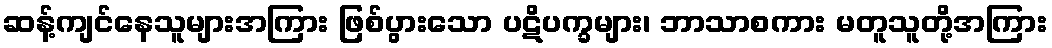
ဆန့်ကျင်နေသူများအကြား ဖြစ်ပွားသော ပဋိပက္ခများ၊ ဘာသာစကား မတူသူတို့အကြား